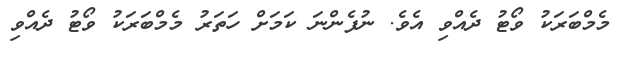
މެމްބަރަކު ވޯޓު ދެއްވި އެވެ. ނުފެންނަ ކަމަށް ހަަތަރު މެމްބަރަކު ވޯޓު ދެއްވި